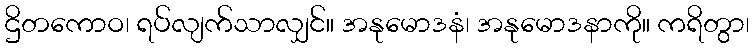
ဌိတကောဝ၊ ရပ်လျက်သာလျှင်။ အနုမောဒနံ၊ အနုမောဒနာကို။ ကရိတွာ၊